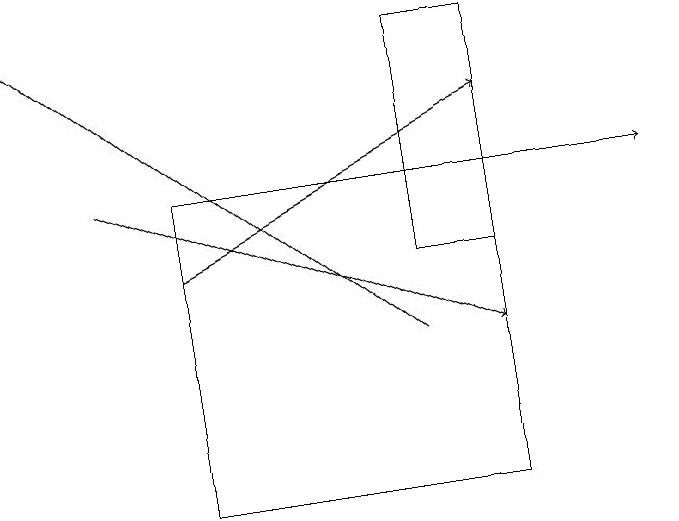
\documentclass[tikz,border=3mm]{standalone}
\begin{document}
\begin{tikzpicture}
\draw[->] (2,17) -- (8,17);
\draw[->] (2,16) -- (6,18);
\draw (6,16) rectangle (5,19);
\draw[->] (5,15) -- (0,19);
\draw[->] (1,17) -- (6,15);
\draw (2,13) rectangle (6,17);
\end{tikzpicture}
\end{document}